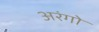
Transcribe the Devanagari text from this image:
अरंगो